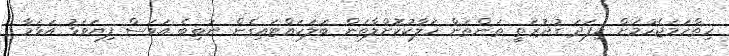
ހިތްހަމަޖެހުމަށް މިފަދަ ގުދުރަތީ ތަންތަން ހަލާކުކޮށްލާތަން ބަލަހައްޓައިގެން ނުތިބެ އަވަސް ފިޔަވަޅު އަޅަމާ